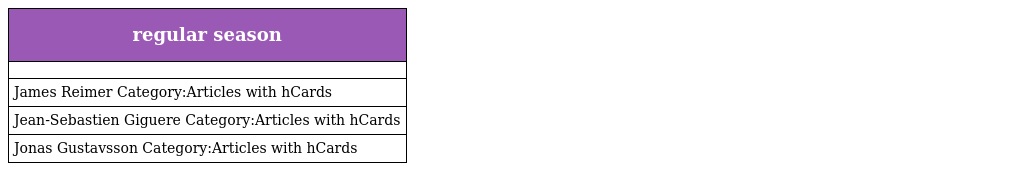
| regular season |
 | --- |
 |  |
 | James Reimer Category:Articles with hCards |
 | Jean-Sebastien Giguere Category:Articles with hCards |
 | Jonas Gustavsson Category:Articles with hCards |